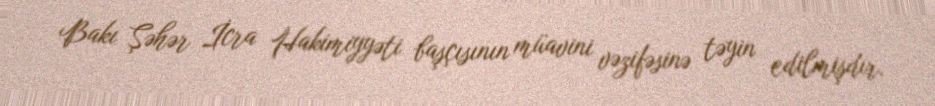
Bakı Şəhər İcra Hakimiyyəti başçısının müavini vəzifəsinə təyin edilmişdir.